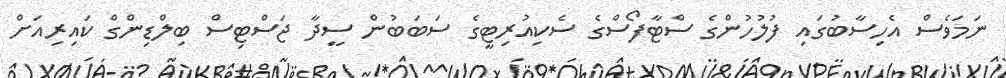
ނަމަވެސް އެހިސާބުގައި ފުލުހުންގެ ސްޓާފޯސްގެ ސެކިއުރިޓީގެ ސަބަބުން ސީދާ ޖަސްޓިސް ބިލްޑިންގް ކައިރިއަށް